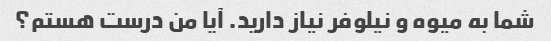
شما به میوه و نیلوفر نیاز دارید. آیا من درست هستم؟